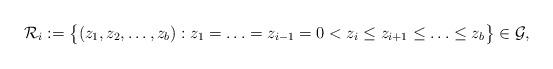
LaTeX: \begin{align*}\mathcal{R}_i := \big\{(z_1,z_2,\ldots, z_b): z_1=\ldots=z_{i-1}=0<z_i\leq z_{i+1}\leq\ldots\leq z_b\big\}\in\mathcal{G},\end{align*}